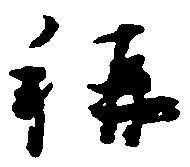
称